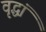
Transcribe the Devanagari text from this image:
वृद्धां